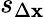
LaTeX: s_{\Delta\mathbf{x}}